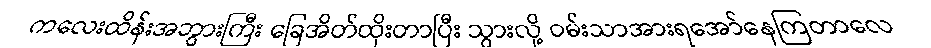
ကလေးထိန်းအဘွားကြီး ခြေအိတ်ထိုးတာပြီး သွားလို့ ဝမ်းသာအားရအော်နေကြတာလေ